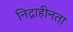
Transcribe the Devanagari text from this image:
निद्राहीनता